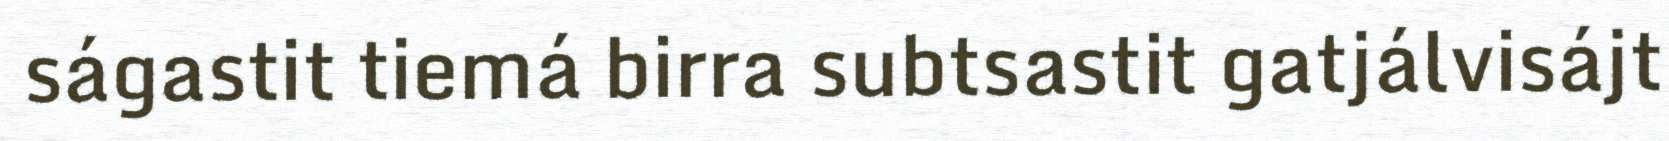
ságastit tiemá birra subtsastit gatjálvisájt